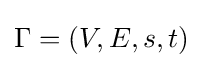
\Gamma =(V,E,s,t)